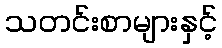
သတင်းစာများနှင့်